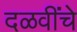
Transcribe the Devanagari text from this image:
दळवींचे